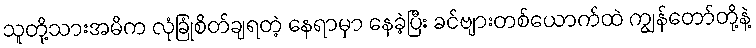
သူတို့သားအမိက လုံခြုံစိတ်ချရတဲ့ နေရာမှာ နေခဲ့ပြီး ခင်ဗျားတစ်ယောက်ထဲ ကျွန်တော်တို့နဲ့